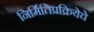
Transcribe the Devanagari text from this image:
निर्मितिप्रक्रियेचे